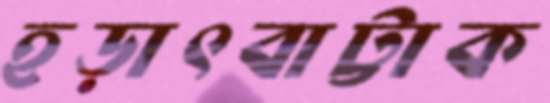
হড়াৎবাট্টাক